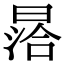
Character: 㬁